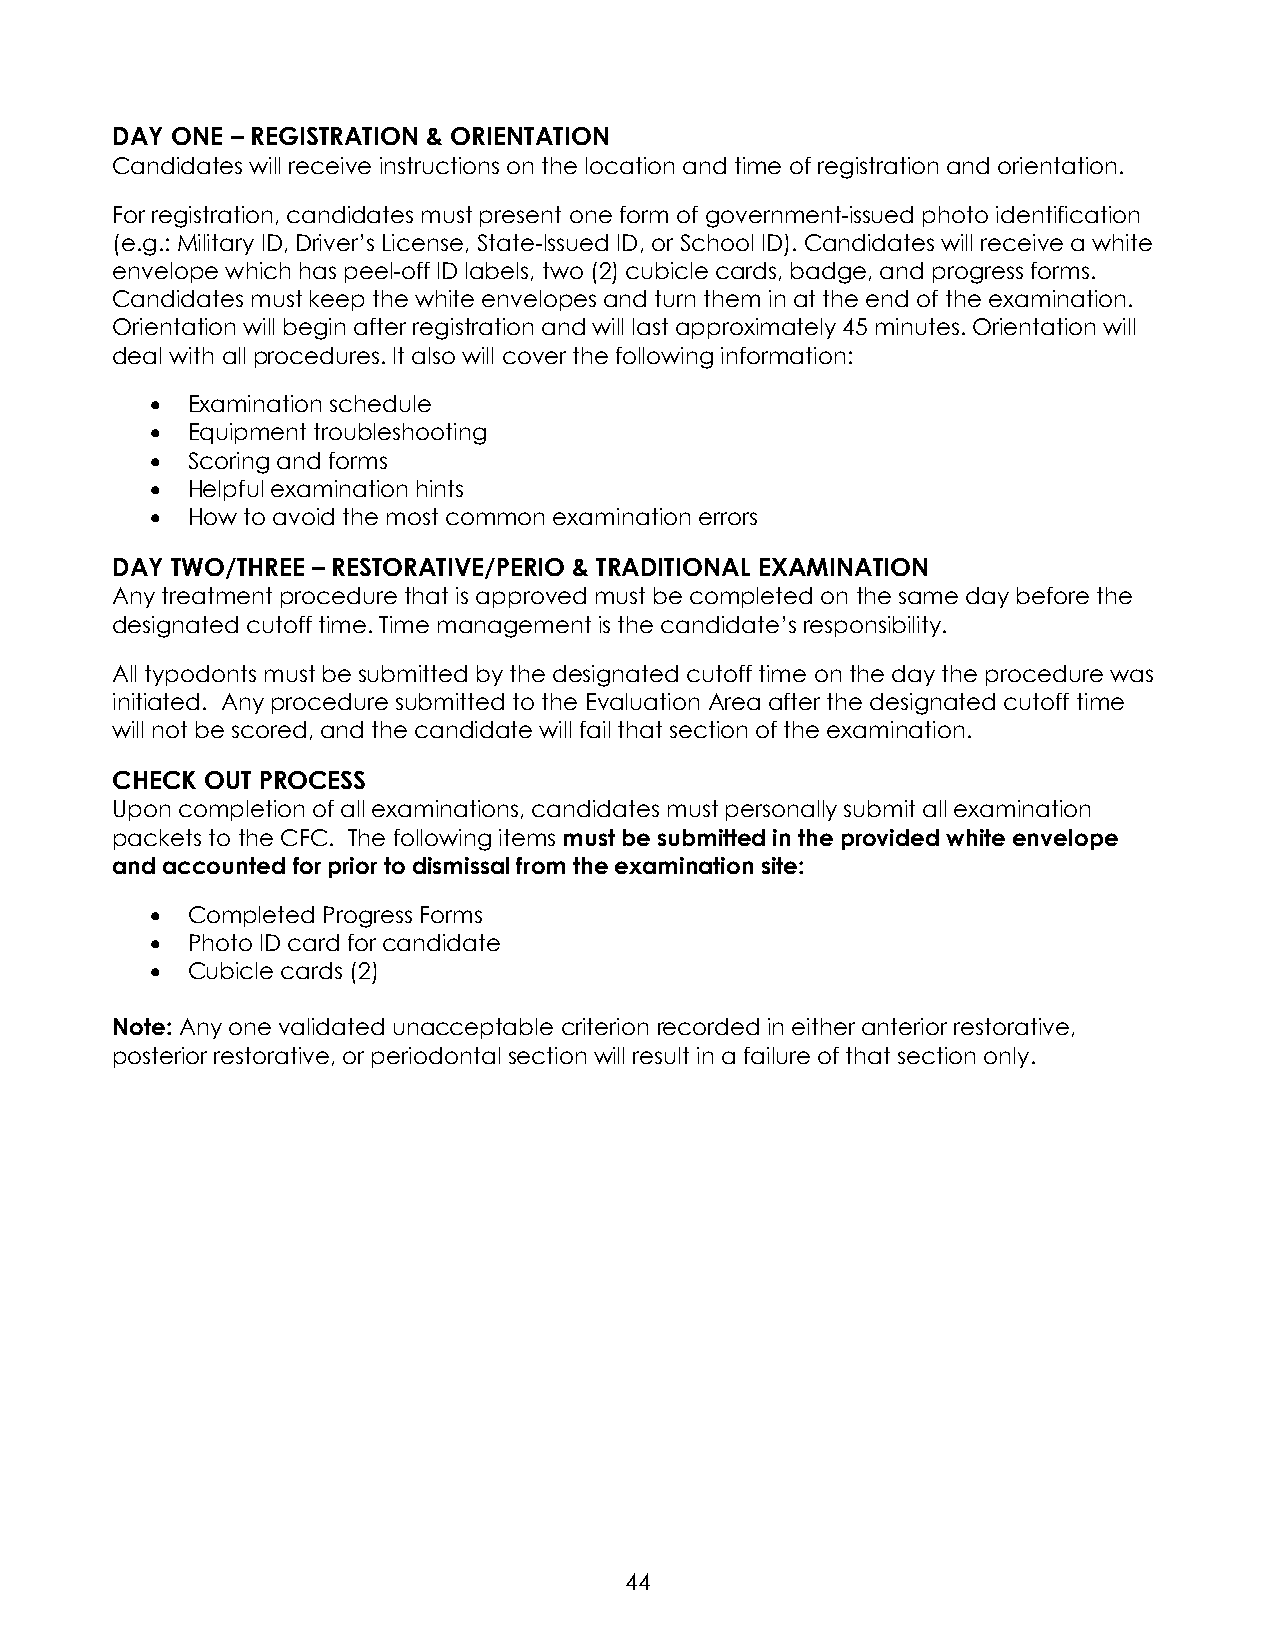
DAY ONE – REGISTRATION & ORIENTATION
 Candidates will receive instructions on the location and time of registration and orientation.
 For registration, candidates must present one form of government-issued photo identification
 (e.g.: Military ID, Driver’s License, State-Issued ID, or School ID). Candidates will receive a white
 envelope which has peel-off ID labels, two (2) cubicle cards, badge, and progress forms.
 Candidates must keep the white envelopes and turn them in at the end of the examination.
 Orientation will begin after registration and will last approximately 45 minutes. Orientation will
 deal with all procedures. It also will cover the following information:
 • Examination schedule
 • Equipment troubleshooting
 • Scoring and forms
 • Helpful examination hints
 • How to avoid the most common examination errors
 DAY TWO/THREE – RESTORATIVE/PERIO & TRADITIONAL EXAMINATION
 Any treatment procedure that is approved must be completed on the same day before the
 designated cutoff time. Time management is the candidate’s responsibility.
 All typodonts must be submitted by the designated cutoff time on the day the procedure was
 initiated. Any procedure submitted to the Evaluation Area after the designated cutoff time
 will not be scored, and the candidate will fail that section of the examination.
 CHECK  OUT PROCESS
 Upon completion of all examinations, candidates must personally submit all examination
 packets to the CFC. The following items must be submitted in the provided white envelope
 and accounted for prior to dismissal from the examination site:
 • Completed Progress Forms
 • Photo ID card for candidate
 • Cubicle cards (2)
 Note: Any one validated unacceptable criterion recorded in either anterior restorative,
 posterior restorative, or periodontal section will result in a failure of that section only.
 44